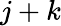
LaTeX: j+k